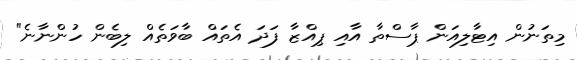
މިތަނުން އިޓާލިއަން ޕާސްތާ އާއި ޕިއްޒާ ފަދަ އެތައް ބާވަތެއް ލިބެން ހުންނާނެ"